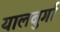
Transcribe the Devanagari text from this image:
यालबुर्गा